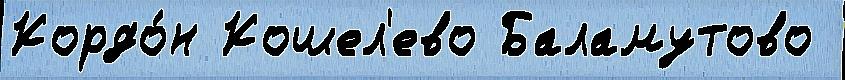
Кордо́н Кошел'ево Баламутово